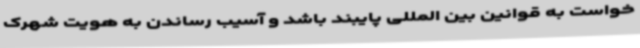
خواست به قوانین بین المللی پایبند باشد و آسیب رساندن به هویت شهرک